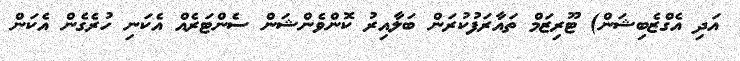
އަދި އެގްޒެބިޝަން) ޓޫރިޒަމް ތައާރަފުކުރަން ބަލާއިރު ކޮންވެންޝަން ސެންޓަރެއް އެކަނި ހުރެގެން އެކަން